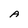
Character: A